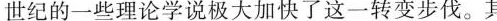
世纪的一些理论学说极大加快了这一转变步伐。其